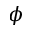
\phi